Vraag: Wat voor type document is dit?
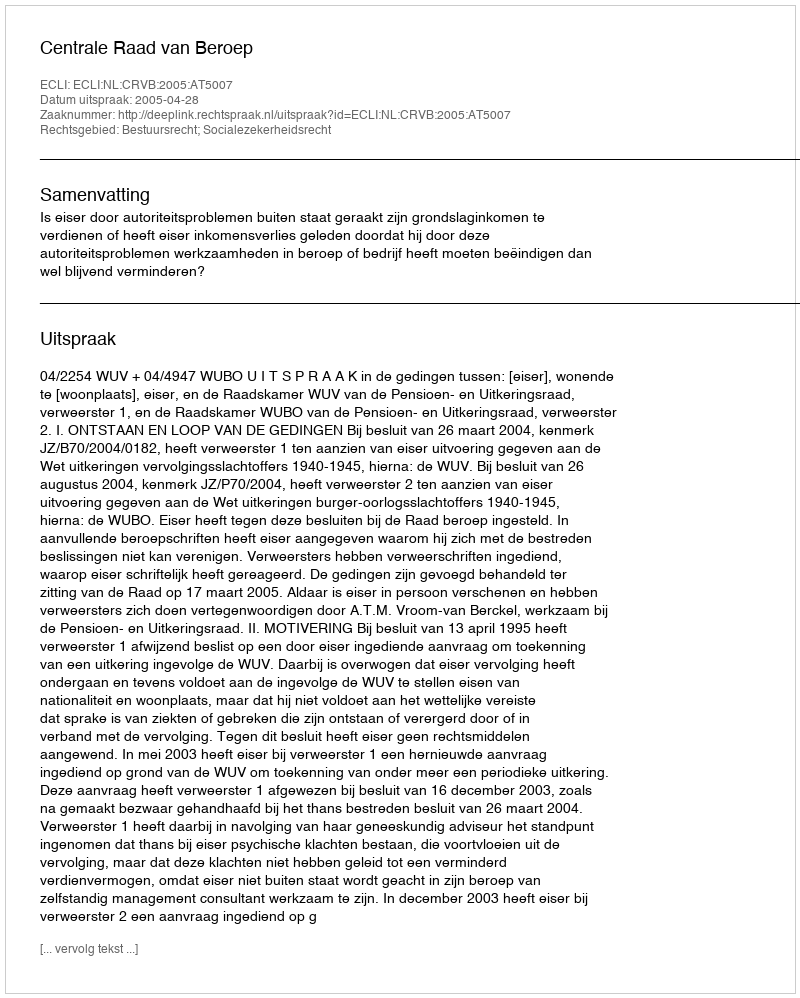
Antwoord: Uitspraak